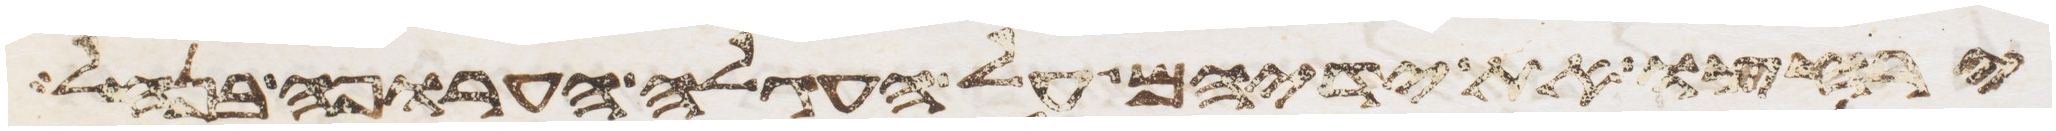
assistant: ירחצו את ידיהם על העגלה הערופה בנחל